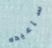
سأعيده